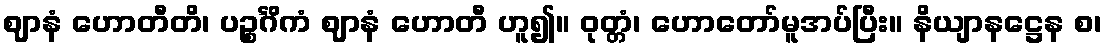
ဈာနံ ဟောတီတိ၊ ပဉ္စင်္ဂိကံ ဈာနံ ဟောတီ ဟူ၍။ ဝုတ္တံ၊ ဟောတော်မူအပ်ပြီး။ နိယျာနဋ္ဌေန စ၊